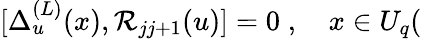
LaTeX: \lbrack\Delta_{u}^{(L)}(x),\mathcal{R}_{jj+1}(u)]=0\; ,\quad x\in U_{q}(